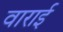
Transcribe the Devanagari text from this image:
वाराई